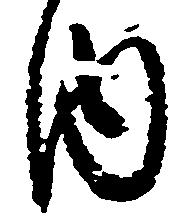
内